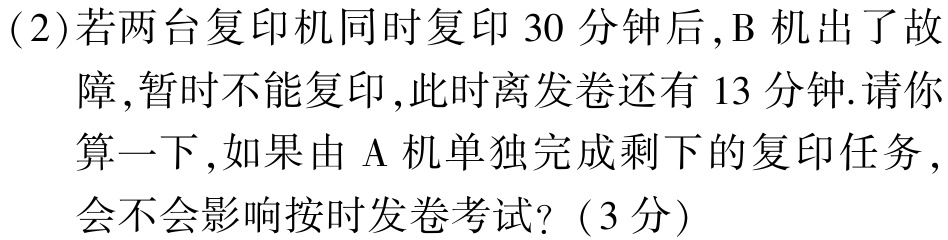
(2)若两台复印机同时复印 30 分钟后,B 机出了故

障,暂时不能复印,此时离发卷还有 13 分钟.请你

算一下,如果由 A 机单独完成剩下的复印任务,

会不会影响按时发卷考试?（3分）